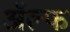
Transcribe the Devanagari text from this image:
अॅल्फ